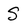
Character: S